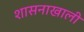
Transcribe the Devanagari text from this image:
शासनाखाली